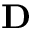
\mathbf { D }